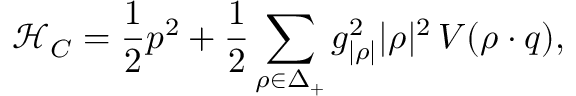
\mathcal { H } _ { C } = { \frac { 1 } { 2 } } p ^ { 2 } + { \frac { 1 } { 2 } } \sum _ { \rho \in \Delta _ { + } } { g _ { | \rho | } ^ { 2 } | \rho | ^ { 2 } } \, V ( \rho \cdot q ) ,